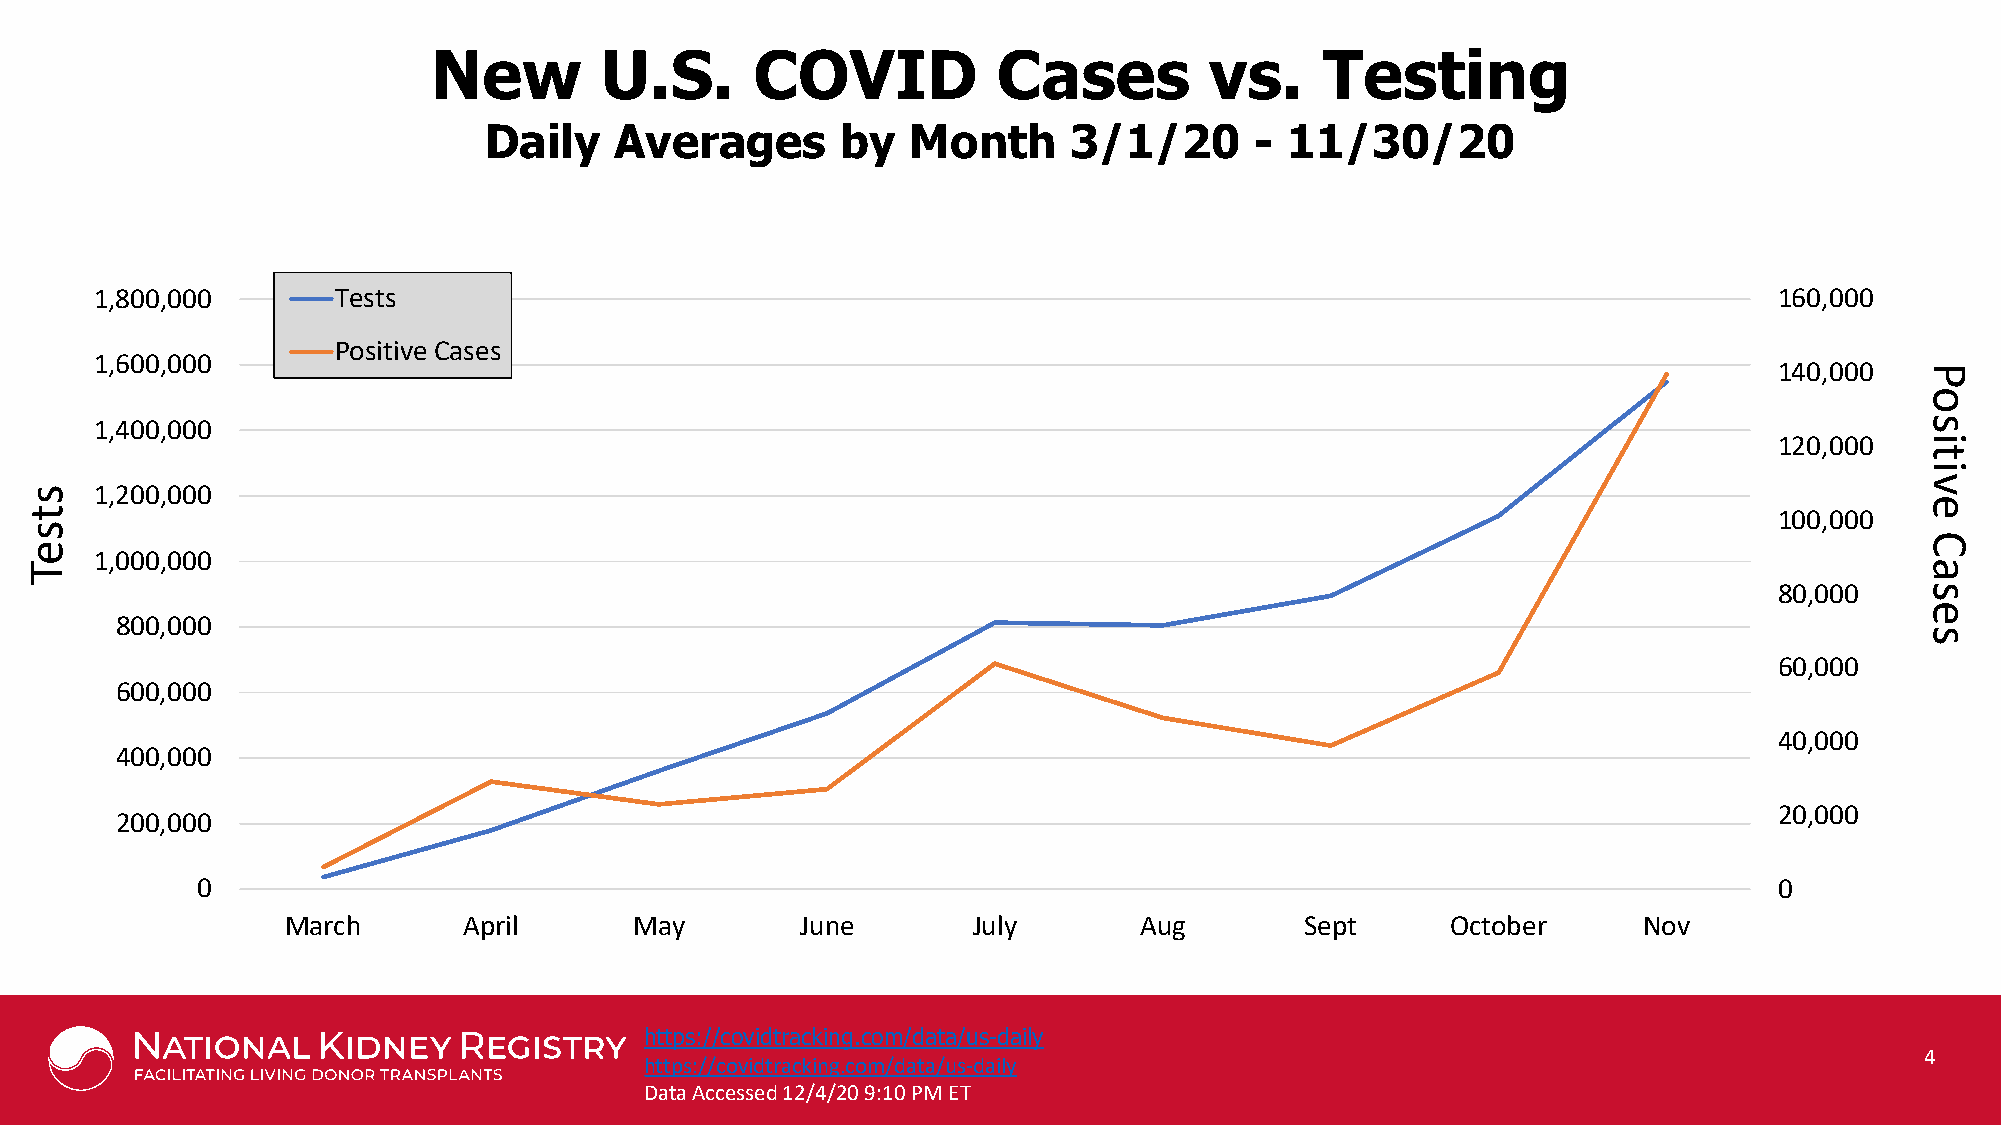
New        U.S.      COVID           Cases         vs.     Testing
 Daily    Averages       by  Month      3/1/20      - 11/30/20
 1,800,000       Tests                                                                                           160,000
 Positive Cases
 1,600,000
 140,000
 1,400,000
 120,000
 1,200,000
 100,000
 1,000,000
 80,000
 800,000
 60,000
 600,000
 40,000
 400,000
 20,000
 200,000
 0                                                                                                        0
 March       April      May        June       July       Aug        Sept      October      Nov
 https://covidtrackinPgro.vcidoemd c/oduartteas/yu osf -Jdohanisly Hopkins University School of Medicine, Department of Surgery *Not including CHIP patients;
 https://covidtracking.com/Kdaaptlaan/-uMs-ediear iGlyS Rates for Transplants Performed: 02/2008-06/2018 with follow-up through 2/28/2019 4
 https://www.srtr.org/ SRTR data as of March, 2019
 Data Accessed 12/4/20 9:10 PM ET
 stseT
 Positive
 Cases